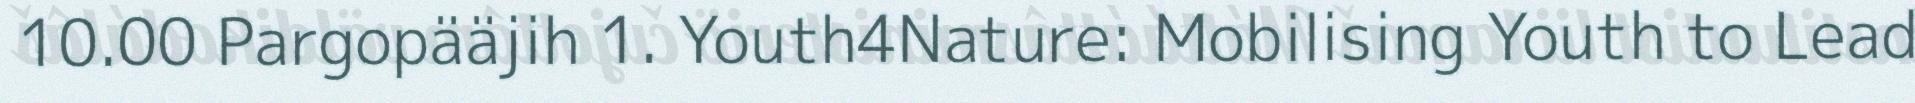
10.00 Pargopääjih 1. Youth4Nature: Mobilising Youth to Lead